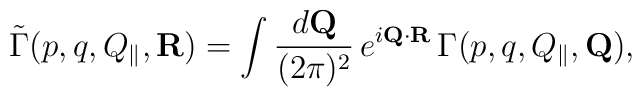
\tilde\Gamma(p,q,Q_\|,{\bf R}) = \int {d{\bf Q}\over (2\pi)^2}\,e^{i{\bf Q}\cdot{\bf R}} \,\Gamma(p,q,Q_\|,{\bf Q}),